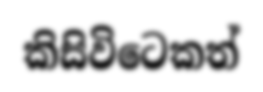
කිසිවිටෙකත්